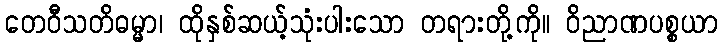
တေဝီသတိဓမ္မာ၊ ထိုနှစ်ဆယ့်သုံးပါးသော တရားတို့ကို။ ဝိညာဏပစ္စယာ